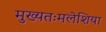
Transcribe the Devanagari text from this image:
मुख्यतःमलेशिया